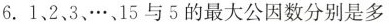
6.1、2、3、…、15与5的最大公因数分别是多